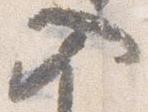
入